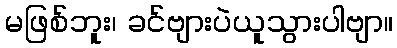
မဖြစ်ဘူး၊ ခင်ဗျားပဲယူသွားပါဗျာ။